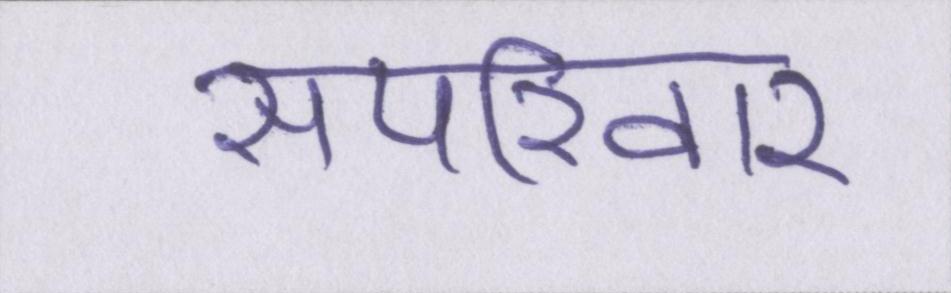
सपरिवार